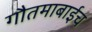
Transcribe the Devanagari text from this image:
गौतमाबाईच